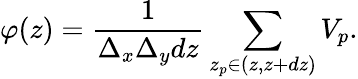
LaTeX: \varphi(z)=\frac{1}{\Delta_{x}\Delta_{y}dz}\sum_{z_{p}\in(z,z+dz)}V_{p}.